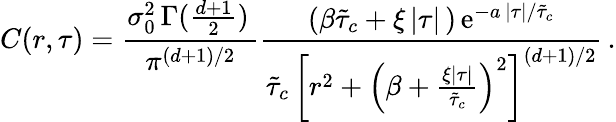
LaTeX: C(r,\tau)=\frac{\sigma_{0}^{2}\, \Gamma(\frac{d+1}{2})\, }{\pi^{(d+1)/2}}\frac{\left(\beta\tilde{\tau}_{c}+\xi\, \lvert\tau\rvert\, \right)\, \mathrm{e}^{-a\, \lvert\tau\rvert/\tilde{\tau}_{c}}}{\tilde{\tau}_{c}\, \left[r^{2}+\left(\beta+\frac{\xi\lvert\tau\rvert}{\tilde{\tau}_{c}}\right)^{2}\right]^{(d+1)/2}}\, .